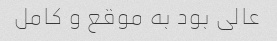
عالی بود به موقع و کامل